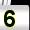
Digit: 5